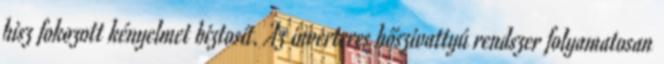
hisz fokozott kényelmet biztosít. Az inverteres hőszivattyú rendszer folyamatosan